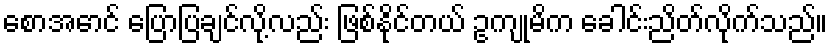
စောအောင် ပြောပြချင်လို့လည်း ဖြစ်နိုင်တယ် ဥကျုမိက ခေါင်းညိတ်လိုက်သည်။